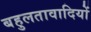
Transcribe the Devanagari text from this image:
बहुलतावादियों